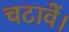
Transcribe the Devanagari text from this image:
चटावें।